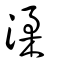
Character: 渘